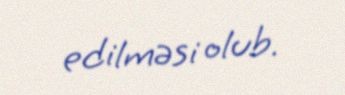
edilməsi olub.